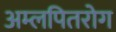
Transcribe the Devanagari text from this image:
अम्लपितरोग